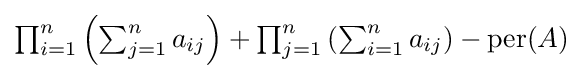
{\textstyle \prod _{i=1}^{n}\left(\sum _{j=1}^{n}a_{ij}\right)+\prod _{j=1}^{n}\left(\sum _{i=1}^{n}a_{ij}\right)-\operatorname {per} (A)}